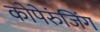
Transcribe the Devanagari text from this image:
कोपेरुंजिंग